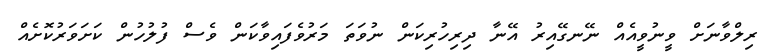
ރިލްވާނަށް ވީނުވީއެއް ނޭނގޭއިރު އޭނާ ދިރިހުރިކަން ނުވަތަ މަރުވެފައިވާކަން ވެސް ފުލުހުން ކަށަވަރުކޮށެއް